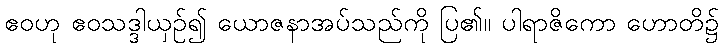
ဧဝဟု ဧဝသဒ္ဒါယှဉ်၍ ယောဇနာအပ်သည်ကို ပြ၏။ ပါရာဇိကော ဟောတိ၌